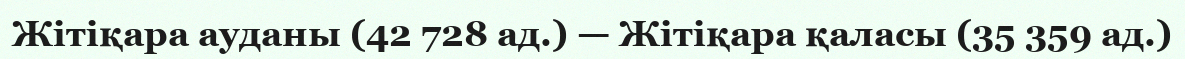
Жітіқара ауданы (42 728 ад.) — Жітіқара қаласы (35 359 ад.)